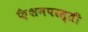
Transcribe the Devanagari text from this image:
फ़ैशनपरस्ती